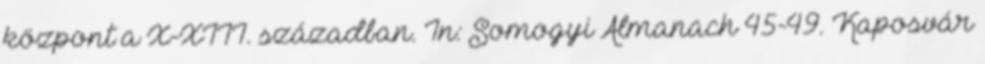
központ a X-XIII. században. In: Somogyi Almanach 45-49. Kaposvár